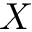
X